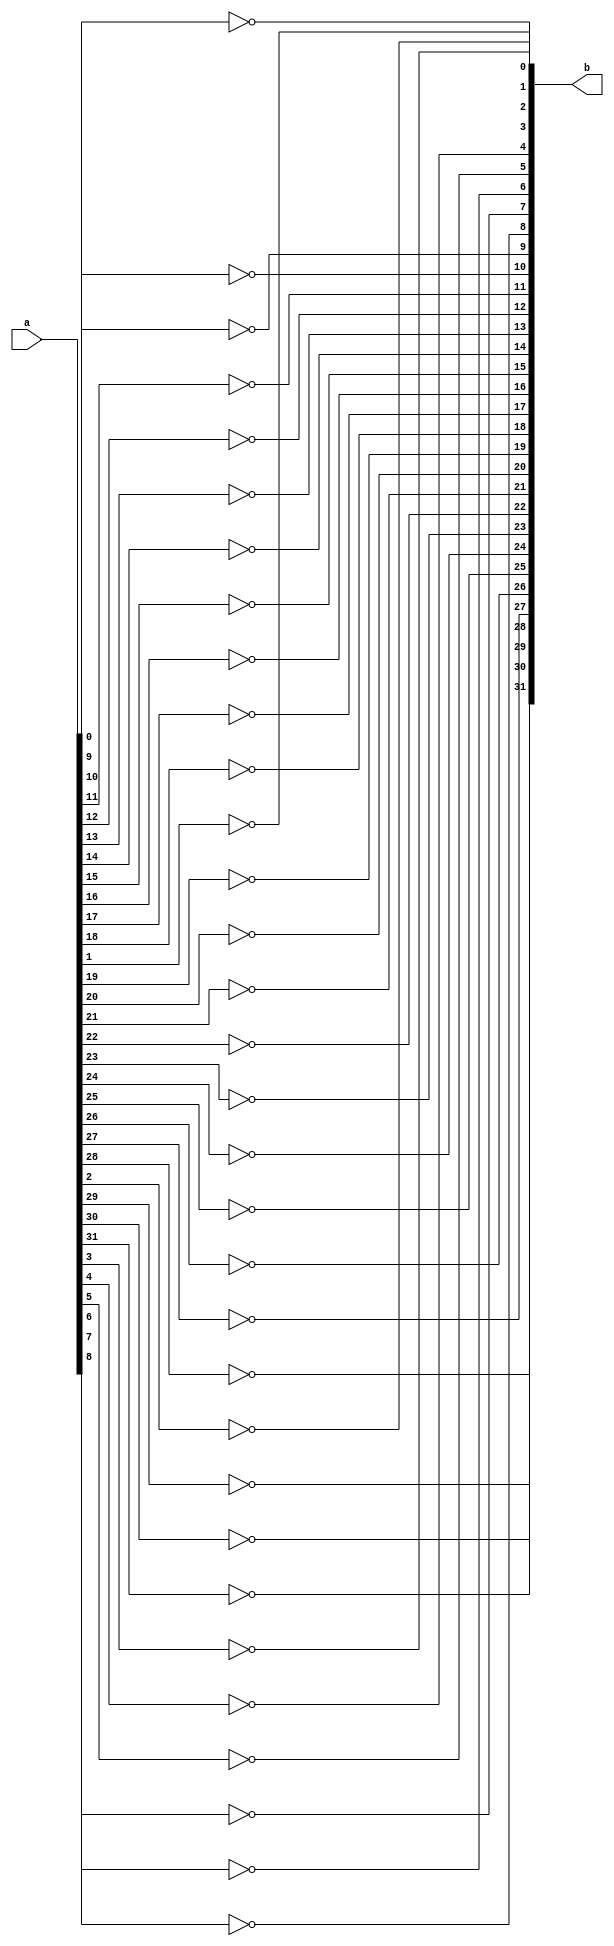
module Not(a,b);
input [31:0]a;
output [31:0]b;
genvar i;
generate
for(i=0;i<32;i=i+1)
begin
assign b[i]=~(a[i]);
end
endgenerate
endmodule